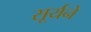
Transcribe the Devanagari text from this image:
सूर्यने